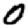
Digit: 0